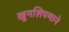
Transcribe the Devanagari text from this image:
खुनशिपणाने